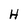
Character: H